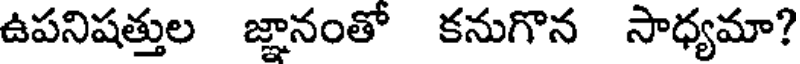
ఉపనిషత్తుల జ్ఞానంతో కనుగొన సాధ్యమా?